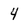
Character: 4